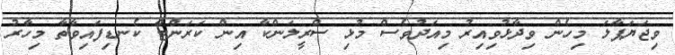
ވިޖަޔަޕާލަ މިހެން ވިދާޅުވިއިރު މިއަދުވެސް މުޅި ސްރީލަންކާ އިން ކަރަންޓް ކެނޑިފައިވާތާ މިހާރު